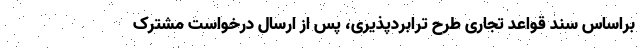
براساس سند قواعد تجاری طرح ترابردپذیری، پس از ارسال درخواست مشترک